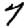
Digit: 7